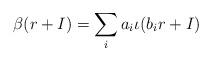
LaTeX: \begin{align*}\beta (r + I) = \sum_i a_i \iota (b_ir + I)\end{align*}